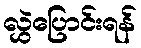
လွှဲပြောင်းရန်